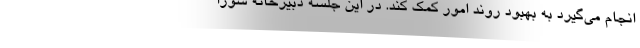
انجام می‌گیرد به بهبود روند امور کمک کند. در این جلسه دبیرخانه شورا